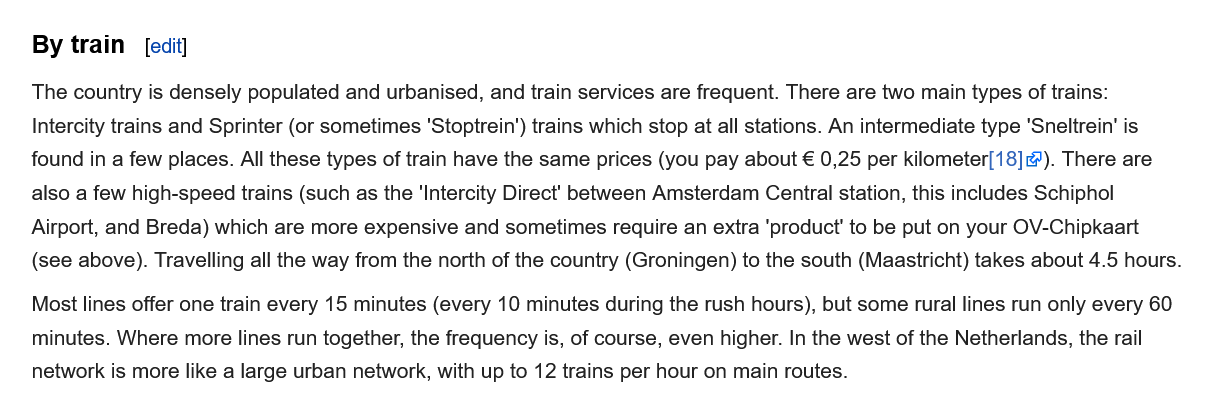
By train
    The country is densely populated and urbanised, and train services are frequent. There are two main types of trains:
    Intercity trains and Sprinter (or sometimes 'Stoptrein’) trains which stop at all stations. An intermediate type 'Sneltrein’ is
    found in a few places. All these types of train have the same prices (you pay about € 0,25 per kilometer[18]). There are
    also a few high-speed trains (such as the ‘Intercity Direct’ between Amsterdam Central station, this includes Schiphol
    Airport, and Breda) which are more expensive and sometimes require an extra ‘product’ to be put on your OV-Chipkaart
    (see above). Travelling all the way from the north of the country (Groningen) to the south (Maastricht) takes about 4.5 hours.
    Most lines offer one train every 15 minutes (every 10 minutes during the rush hours), but some rural lines run only every 60
    minutes. Where more lines run together, the frequency is, of course, even higher. In the west of the Netherlands, the rail
    network is more like a large urban network, with up to 12 trains per hour on main routes.
     edit]